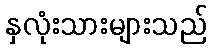
နှလုံးသားများသည်